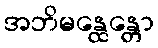
အဘိမန္ထေန္တော